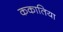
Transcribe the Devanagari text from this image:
ककातिया